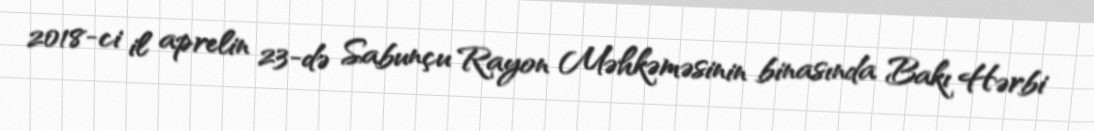
2018-ci il aprelin 23-də Sabunçu Rayon Məhkəməsinin binasında Bakı Hərbi